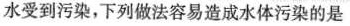
水受到污染，下列做法容易造成水体污染的是